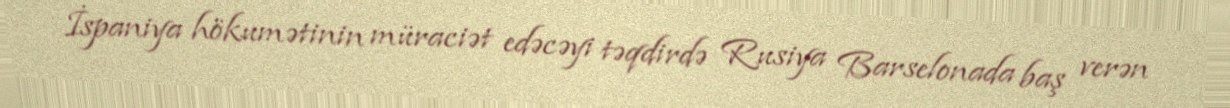
İspaniya hökumətinin müraciət edəcəyi təqdirdə Rusiya Barselonada baş verən